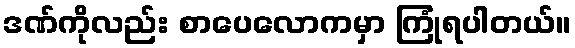
ဒဏ်ကိုလည်း စာပေလောကမှာ ကြုံရပါတယ်။